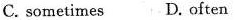
C. sometimes D. often